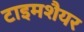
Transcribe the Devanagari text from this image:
टाइमशैयर